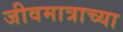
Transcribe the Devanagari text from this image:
जीवमात्राच्या